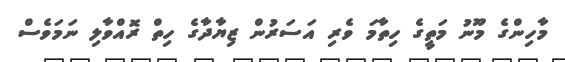
މާހިންގެ މޫނު މަތީގެ ހިތާމަ ވެރި އަސަރުން ޒިޔާދާގެ ހިތް ރޮއްވާލި ނަމަވެސް